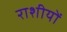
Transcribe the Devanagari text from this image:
राशीयों